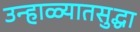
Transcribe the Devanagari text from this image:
उन्हाळ्यातसुद्धा